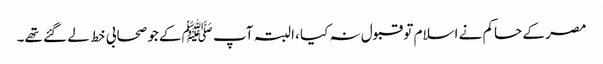
مصر کے حاکم نے اسلام تو قبول نہ کیا ،البتہ آپ ﷺکے جو صحابی خط لے گئے تھے۔